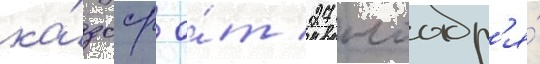
ка́зсср о́т 27 ноабр'я́